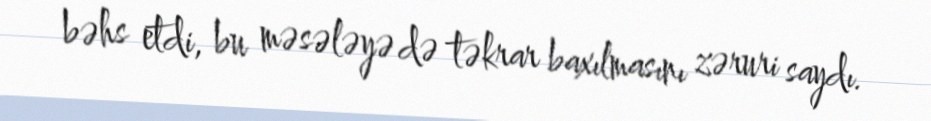
bəhs etdi, bu məsələyə də təkrar baxılmasını zəruri saydı.